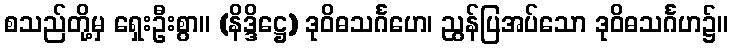
စသည်တို့မှ ရှေးဦးစွာ။ (နိဒ္ဒိဋ္ဌေ) ဒုဝိဓသင်္ဂဟေ၊ ညွန်ပြအပ်သော ဒုဝိဓသင်္ဂဟ၌။